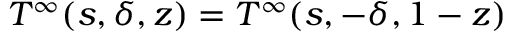
T ^ { \infty } ( s , \delta , z ) = T ^ { \infty } ( s , - \delta , 1 - z )